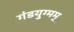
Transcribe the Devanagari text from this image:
गंडयुग्मम्